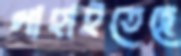
গাহাইতেছে